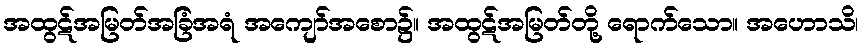
အထွဋ်အမြတ်အခြံအရံ အကျော်အစော၌။ အထွဋ်အမြတ်တို့ ရောက်သော။ အဟောသိ၊